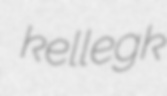
kellegk